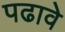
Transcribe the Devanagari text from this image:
पढावे